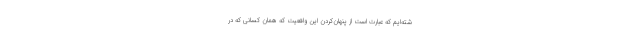
شته‌ایم که عبارت است از پنهان‌کردن این واقعیت که همان کسانی که در